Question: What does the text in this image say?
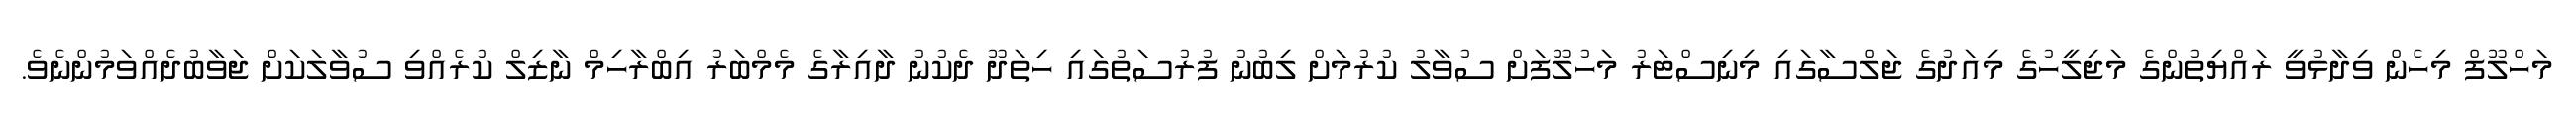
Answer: މަހްލޫފް މިހެން ވިދާޅުވީ ރައްޔިތުންގެ މަޖިލީހުގެ މިއަދުގެ ޖަލްސާގައި މިނިސްޓަރު މަހުލޫފަށް ސުވާލު ކުރުމަށް ލިބުނު ފުރުސަތުގައި ހިތަދޫ ދެކުނު ދާއިރާގެ މެމްބަރު އިބްރާހިމް ނާޒިލް ކުރެއްވި ސުވާލަކަށް ޖަވާބުދެއްވަމުންނެވެ.